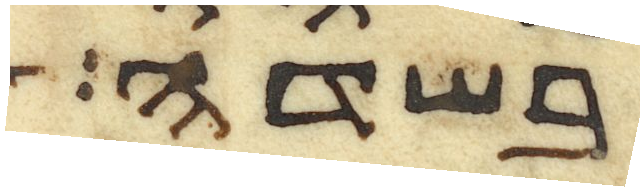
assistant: בשדה